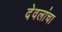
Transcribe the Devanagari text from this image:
देवलांचा